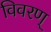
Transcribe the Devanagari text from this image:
विवरण्